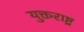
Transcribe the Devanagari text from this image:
युक्तराष्ट्र